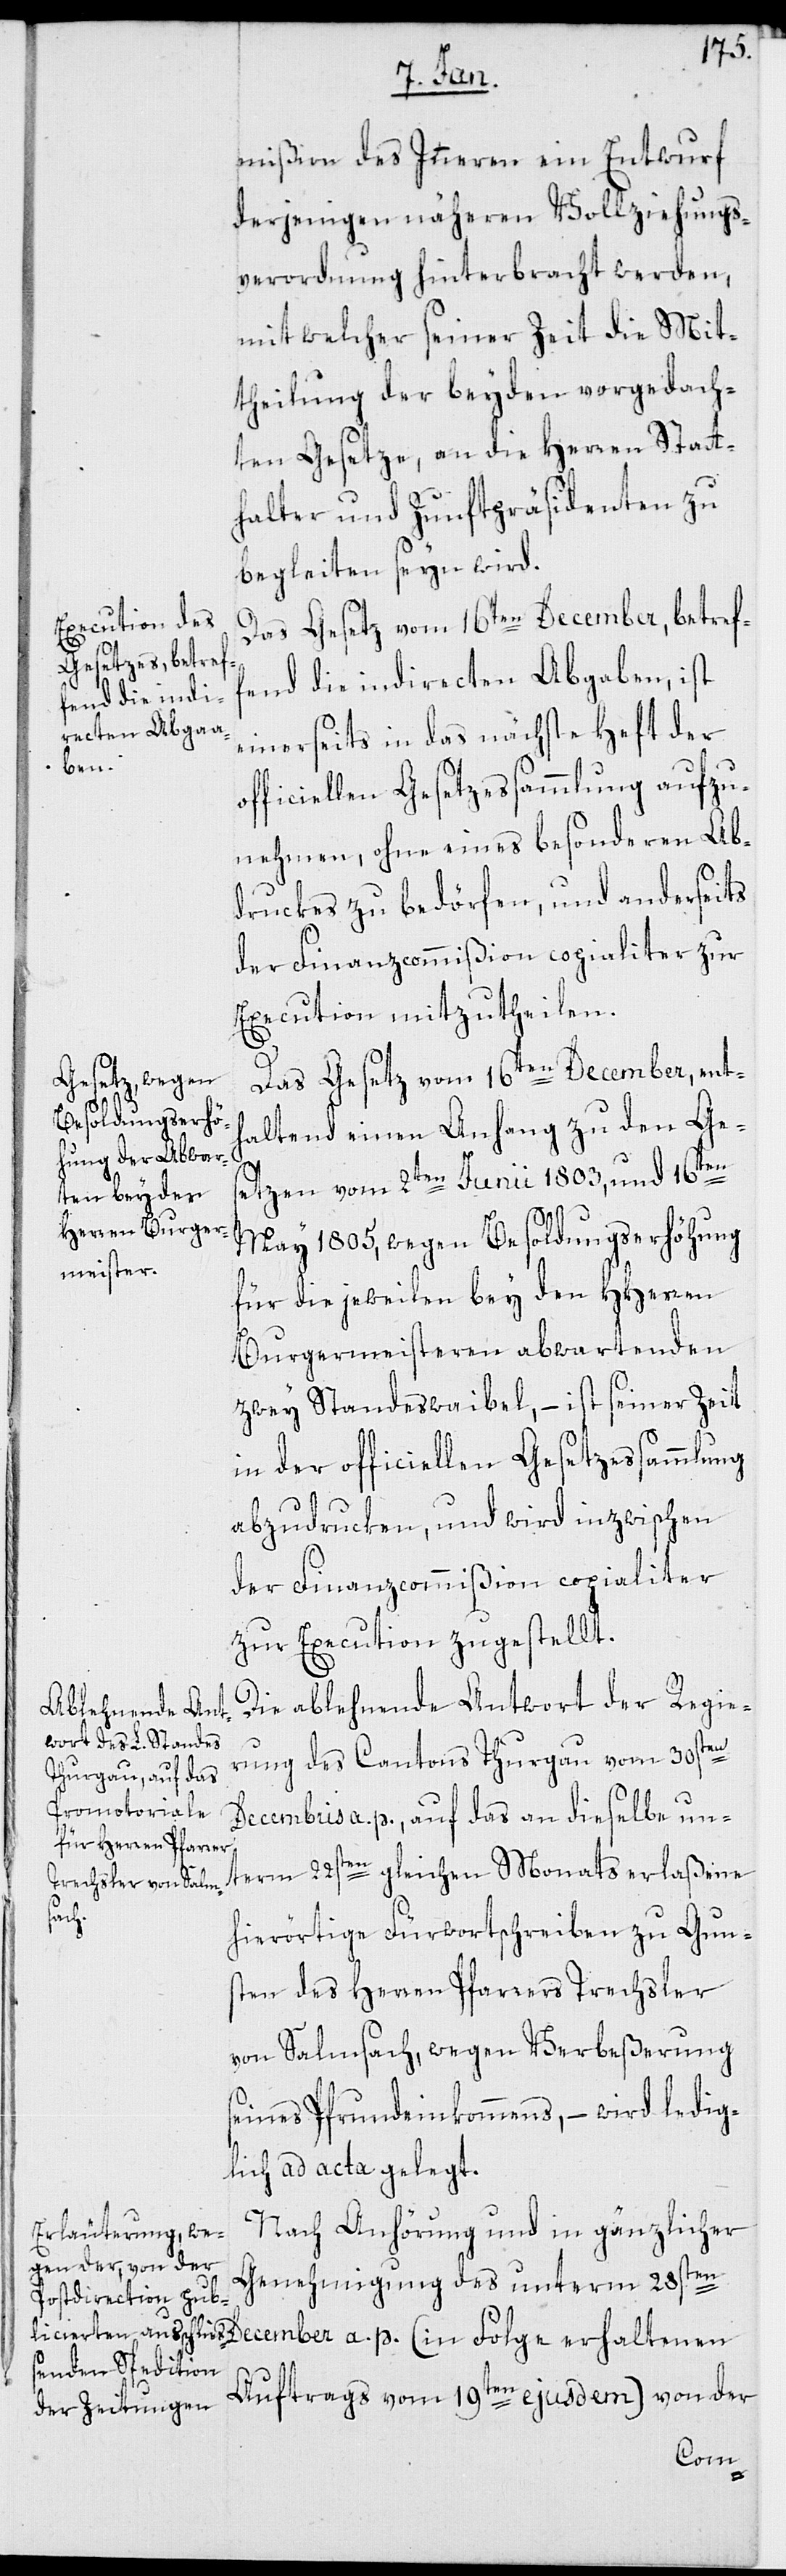
mißion des Inneren ein Entwurf
derjenigen näheren Vollziehungs¬
verordnung hinterbracht werden,
mit welcher seiner Zeit die Mit¬
theilung der beyden vorgedach¬
ten Gesetze, an die Herren Statt¬
halter und Zunftpräsidenten zu
begleiten seyn wird.
Das Gesetz vom 16ten December, betref¬
fend die indirecten Abgaben, ist
einerseits in das nächste Heft der
officiellen Gesetzessammlung aufzu¬
nehmen, ohne eines besonderen Ab¬
druckes zu bedörfen, und anderseits
der Finanzcommißion copialiter zur
Execution mitzutheilen.
Das Gesetz vom 16ten December, enth¬
altend einen Anhang zu den Ges¬
etzen vom 2ten Junii 1803, und 16ten
May 1805, wegen Besoldungserhöhung
für die jeweilen bey den HHerren
Burgermeisteren abwartenden
zwey Standeswaibel, – ist seiner Zeit
in der officiellen Gesetzessammlung
abzudrucken, und wird inzwischen
der Finanzcommißion copialiter
zur Execution zugestellt.
Die ablehnende Antwort der Regie¬
rung des Cantons Thurgau vom 30sten
Decembris a. p., auf das an dieselbe un¬
term 22sten gleichen Monats erlaßene
hierörtige Fürwortschreiben zu Gun¬
sten des Herren Pfarrers Trechsler
von Salmsach, wegen Verbeßerung
seines Pfrundeinkommens, – wird ledig¬
lich ad acta gelegt.
Nach Anhörung und in gänzlicher
Genehmigung des unterm 28sten
Auftrags vom 19ten ejusdem) von der